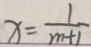
x = \frac { 1 } { m + 1 }